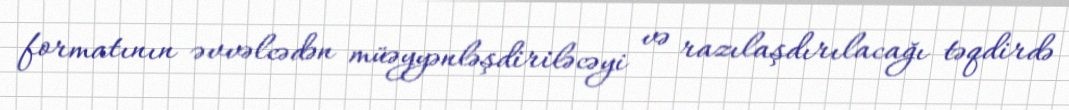
formatının əvvəlcədən müəyyənləşdiriləcəyi və razılaşdırılacağı təqdirdə